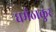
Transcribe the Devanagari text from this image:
धर्मठाकुर